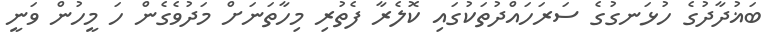
ބަޣުދާދުގެ ހުޅަނގުގެ ސަރަހައްދުތަކުގައި ކޮލެރާ ފެތުރި މިހާތަނަށް މަދުވެގެން ހަ މީހުން ވަނީ